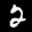
Label: 2